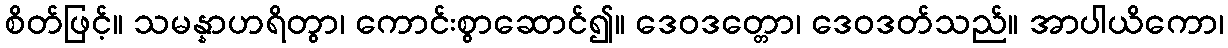
စိတ်ဖြင့်။ သမန္နာဟရိတွာ၊ ကောင်းစွာဆောင်၍။ ဒေဝဒတ္တော၊ ဒေဝဒတ်သည်။ အာပါယိကော၊